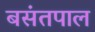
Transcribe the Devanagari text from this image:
बसंतपाल